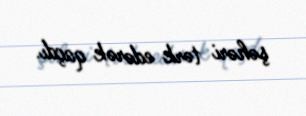
şəhəri tərk edərək qaçdı.